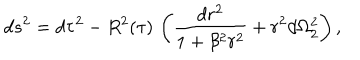
LaTeX: d s ^ { 2 } = d \tau ^ { 2 } - R ^ { 2 } ( \tau ) \, \left( \frac { d r ^ { 2 } } { 1 + \beta ^ { 2 } r ^ { 2 } } + r ^ { 2 } d \Omega _ { 2 } ^ { 2 } \right) ,